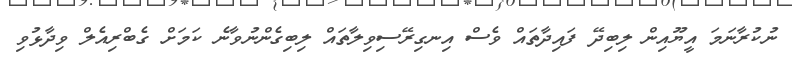
ނުކުރާނަމަ އީޔޫއިން ލިބިދޭ ފައިދާތައް ވެސް އިނގިރޭސިވިލާތައް ލިބިގެންނުވާނެ ކަމަށް ގެބްރިއެލް ވިދާޅުވި